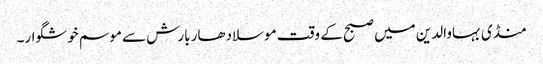
منڈی بہاوالدین میں صبح کے وقت موسلادھار بارش سے موسم خوشگوار۔